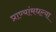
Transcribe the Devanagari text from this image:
प्राण्यांमधल्या